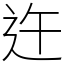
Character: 迕